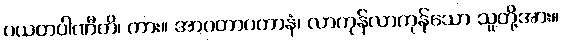
ပယတပါဏီတိ၊ ကား။ အာဂတာဂတာနံ၊ လာကုန်လာကုန်သော သူတို့အား။